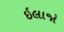
ઇલાજો